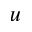
u